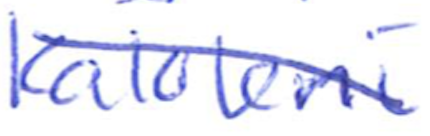
Text: Kaloleni
Cross-out: diagonal
Writing tool: ballpoint